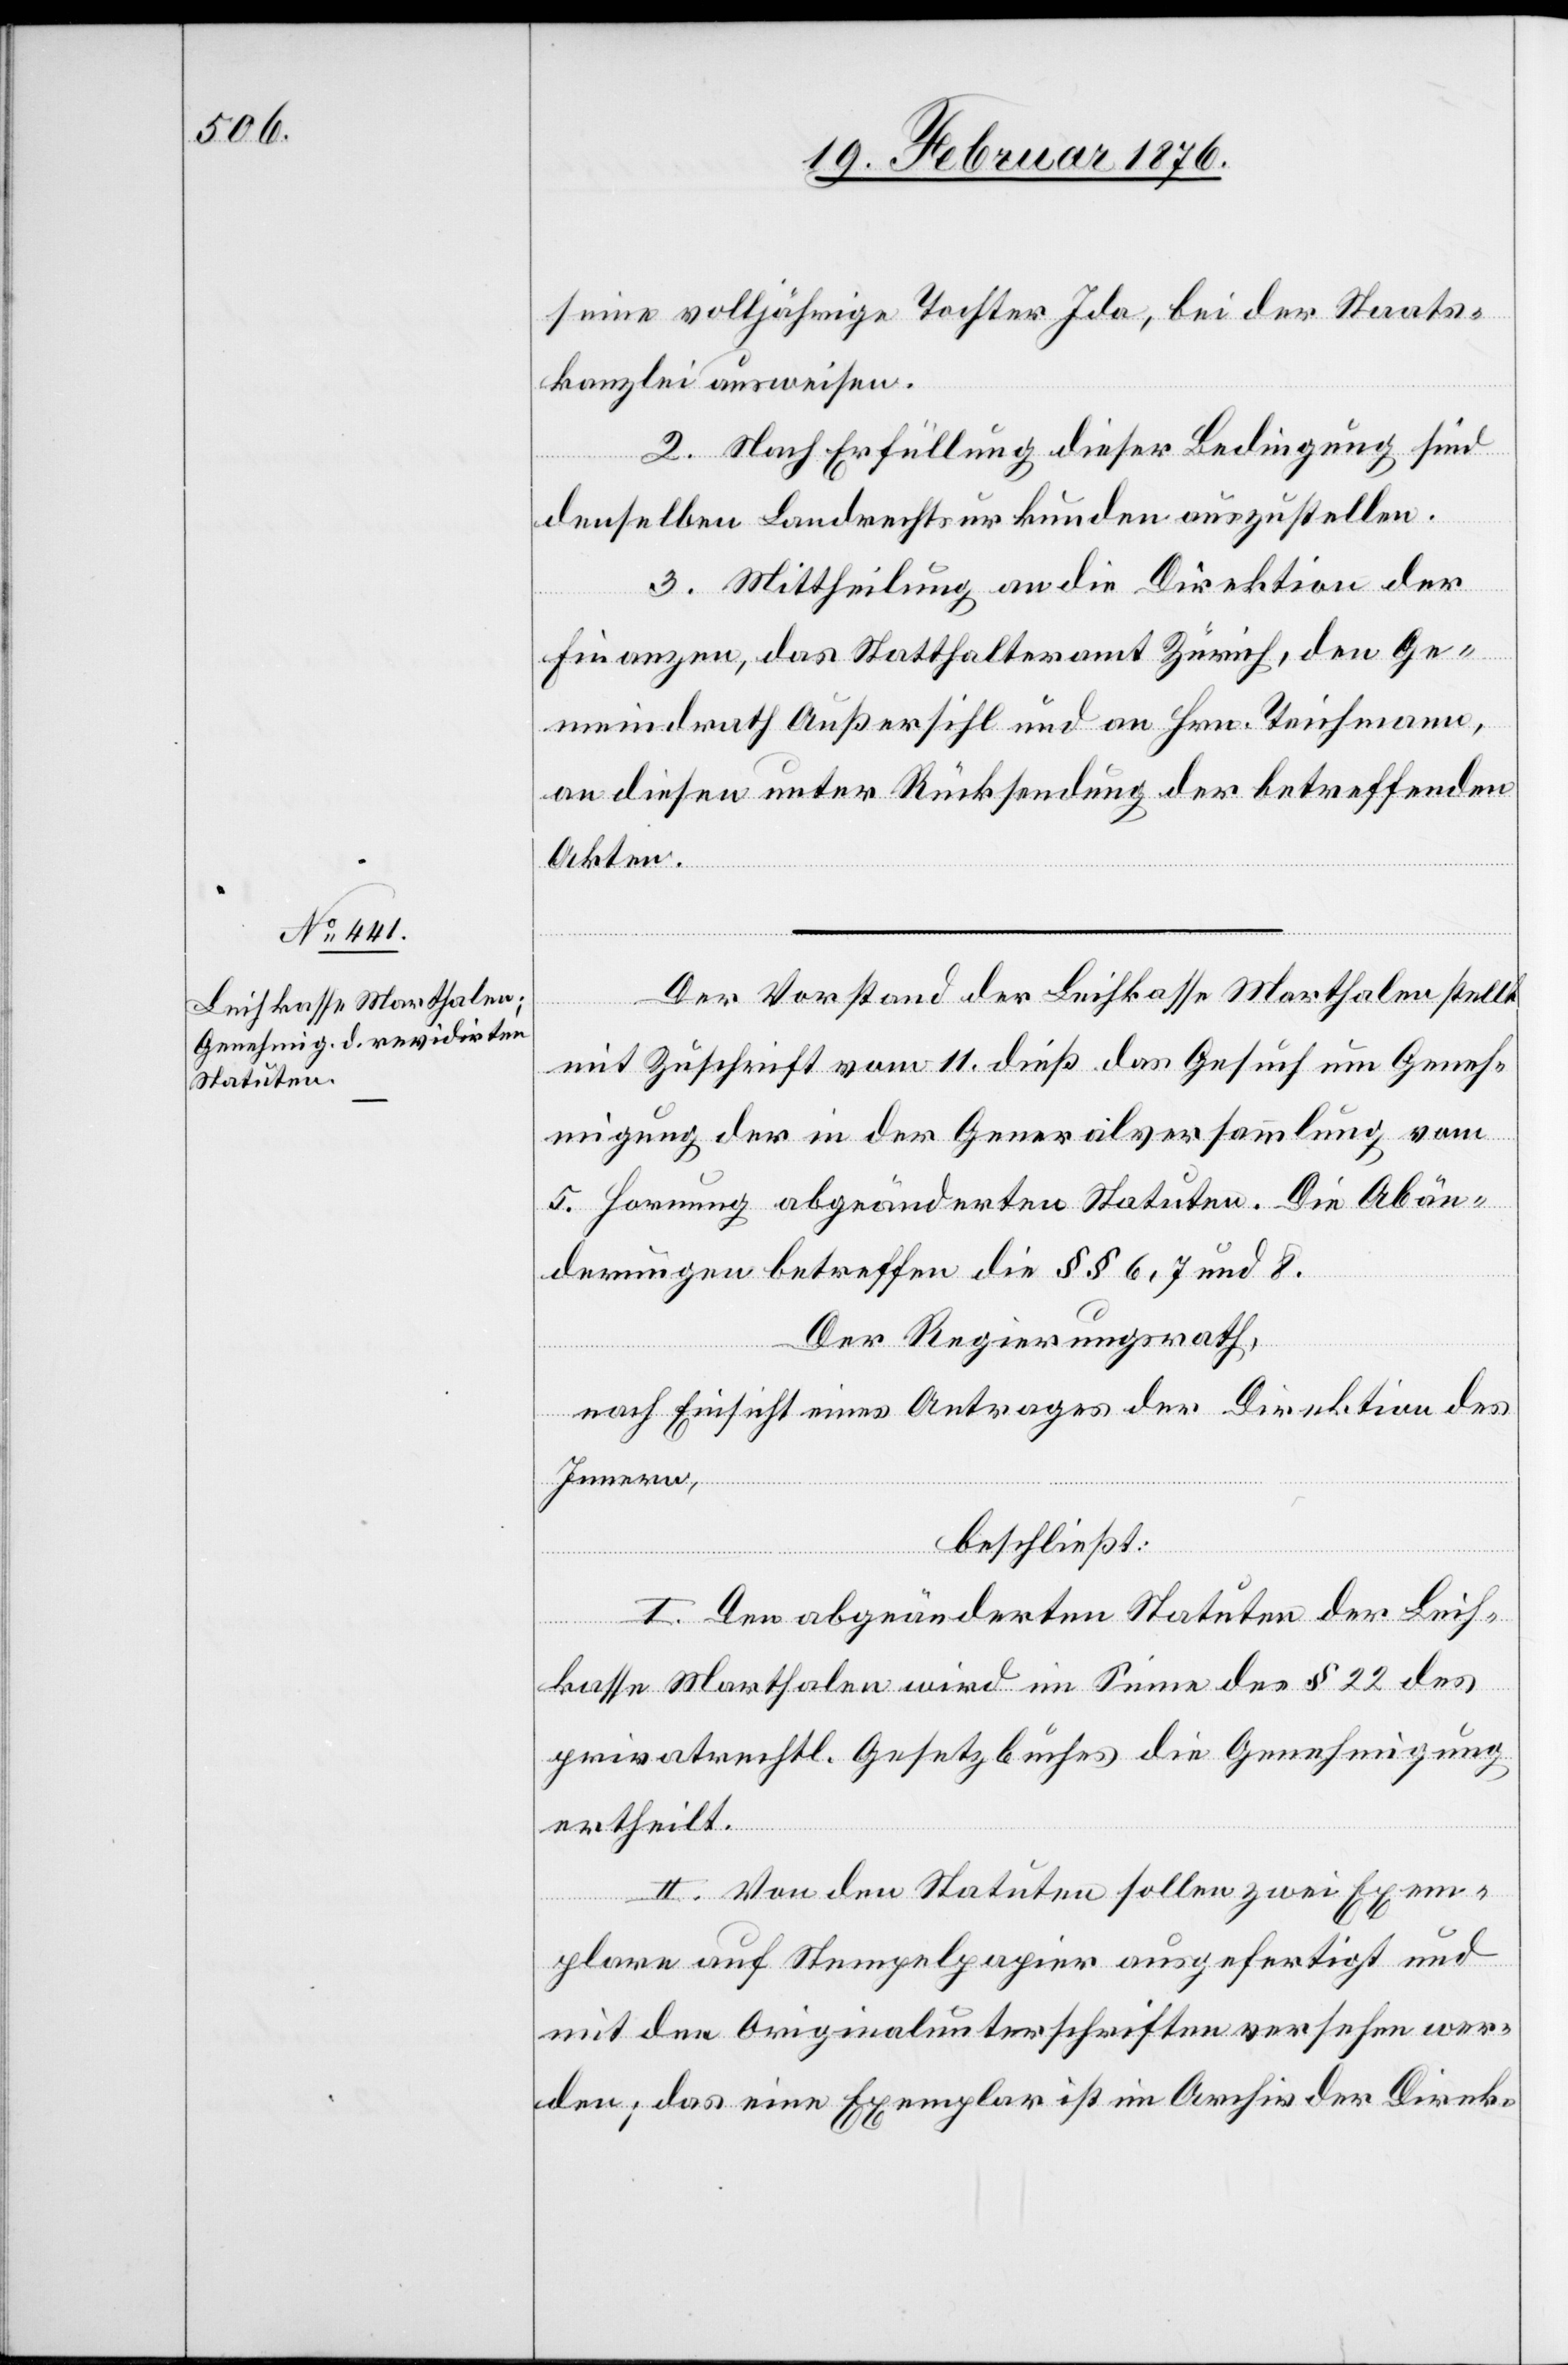
seine volljährige Tochter Ida, bei der Staats¬
kanzlei ausweisen.
2. Nach Erfüllung dieser Bedingung sind
denselben Landrechtsurkunden auszustellen.
3. Mittheilung an die Direktion der
Finanzen, das Statthalteramt Zürich, den Ge¬
meindrath Außersihl und an Hrn. Teichmann,
an diesen unter Rücksendung der betreffenden
Akten.
Der Vorstand der Leihkasse Marthalen stellt
mit Zuschrift vom 11. dieß das Gesuch um Geneh¬
migung der in der Generalversammlung vom
5. Hornung abgeänderten Statuten. Die Abän¬
derungen betreffen die §§ 6, 7 und 8.
Der Regierungsrath,
nach Einsicht eines Antrages der Direktion des
Innern,
beschließt:
I. Den abgeänderten Statuten der Leih¬
kasse Marthalen wird im Sinne des § 22 des
privatrechtl. Gesetzbuches die Genehmigung
ertheilt.
II. Von den Statuten sollen zwei Exem¬
plare auf Stempelpapier ausgefertigt und
mit den Originalunterschriften versehen wer¬
den; das eine Exemplar ist im Archiv der Direk-